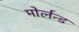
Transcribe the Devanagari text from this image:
मोर्लन्ड